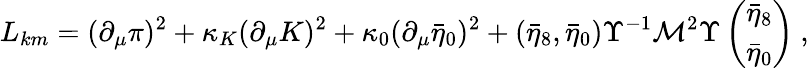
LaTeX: L_{km}=(\partial_{\mu}\pi)^{2}+\kappa_{K}(\partial_{\mu}K)^{2}+\kappa_{0}(\partial_{\mu}\bar{\eta}_{0})^{2}+(\bar{\eta}_{8},\bar{\eta}_{0})\Upsilon^{-1}{\cal M}^{2}\Upsilon\left(\begin{array}{c}{{\bar{\eta}_{8}}}\\ {{\bar{\eta}_{0}}}\end{array}\right)~,